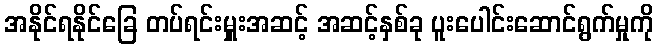
အနိုင်ရနိုင်ခြေ တပ်ရင်းမှူးအဆင့် အဆင့်နှစ်ခု ပူးပေါင်းဆောင်ရွက်မှုကို